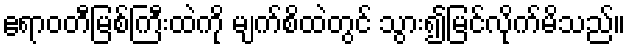
ဧရာဝတီမြစ်ကြီးထဲကို မျက်စိထဲတွင် သွား၍မြင်လိုက်မိသည်။